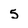
Character: 5